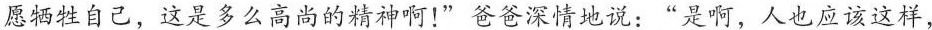
愿牺牲自己，这是多么高尚的精神啊！”爸爸深情地说：”是啊，人也应该这样，